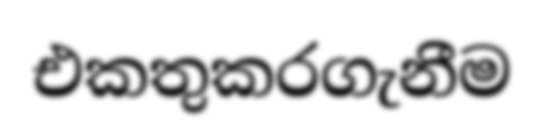
එකතුකරගැනීම